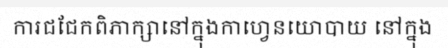
ការជជែកពិភាក្សានៅក្នុងកាហ្វេនយោបាយ នៅក្នុង